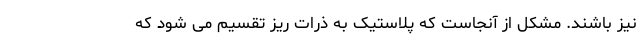
نیز باشند. مشکل از آنجاست که پلاستیک به ذرات ریز تقسیم می شود که